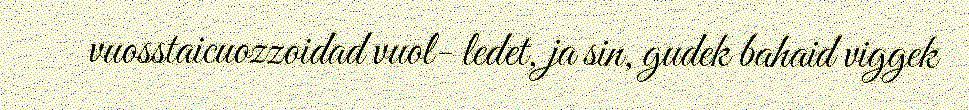
vuosstaicuozzoidad vuol- ledet, ja sin, gudek bahaid viggek